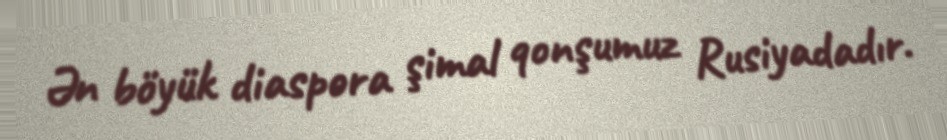
Ən böyük diaspora şimal qonşumuz Rusiyadadır.